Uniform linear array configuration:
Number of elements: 64
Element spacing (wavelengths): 0.75
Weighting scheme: cosine
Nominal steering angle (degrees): -60
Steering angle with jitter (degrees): -60.06
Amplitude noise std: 0.05
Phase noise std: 0.05

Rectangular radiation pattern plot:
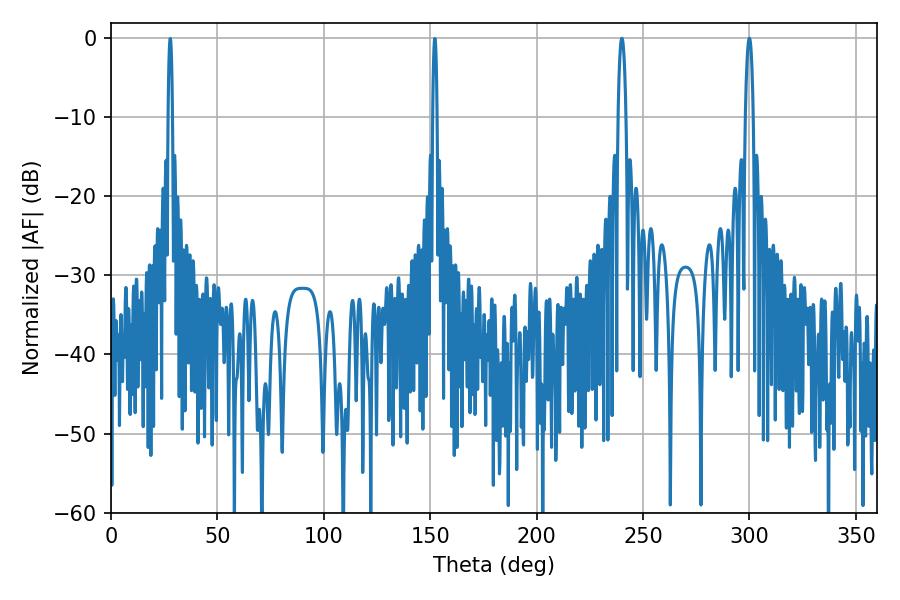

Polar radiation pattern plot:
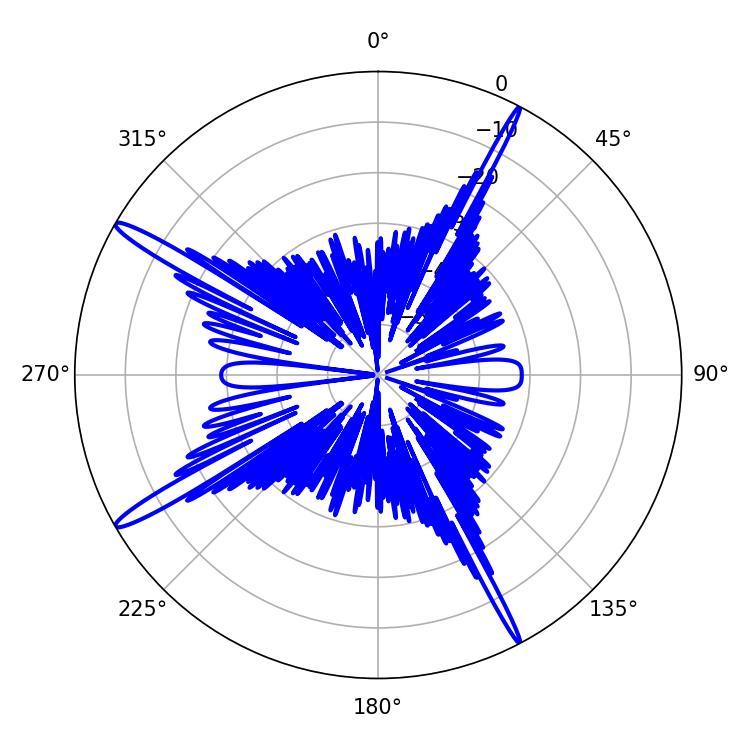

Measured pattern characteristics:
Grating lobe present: TRUE
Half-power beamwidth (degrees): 1.98
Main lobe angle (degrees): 299.88